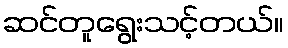
ဆင်တူရွေးသင့်တယ်။